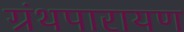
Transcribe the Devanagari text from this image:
ग्रंथपारायण